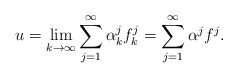
\begin{align*}u=\lim_{k\to\infty}\sum_{j=1}^\infty \alpha^j_k f^j_k =\sum_{j=1}^\infty \alpha^j f^j.\end{align*}